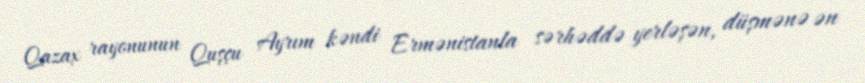
Qazax rayonunun Quşçu Ayrım kəndi Ermənistanla sərhəddə yerləşən, düşmənə ən